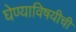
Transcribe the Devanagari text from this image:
घेण्याविषयीची